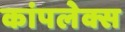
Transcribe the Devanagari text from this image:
कांपलेक्स